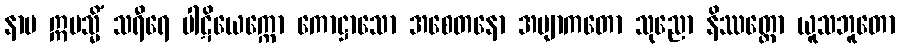
နာမ ဣမသ္မိံ သရီရေ ပါဋိယေက္ကော ကောဋ္ဌာသော အစေတနော အဗျာကတော သုညော နိဿတ္တော ယူသဘူတော